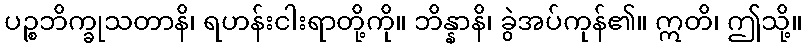
ပဉ္စဘိက္ခုသတာနိ၊ ရဟန်းငါးရာတို့ကို။ ဘိန္နာနိ၊ ခွဲအပ်ကုန်၏။ ဣတိ၊ ဤသို့။